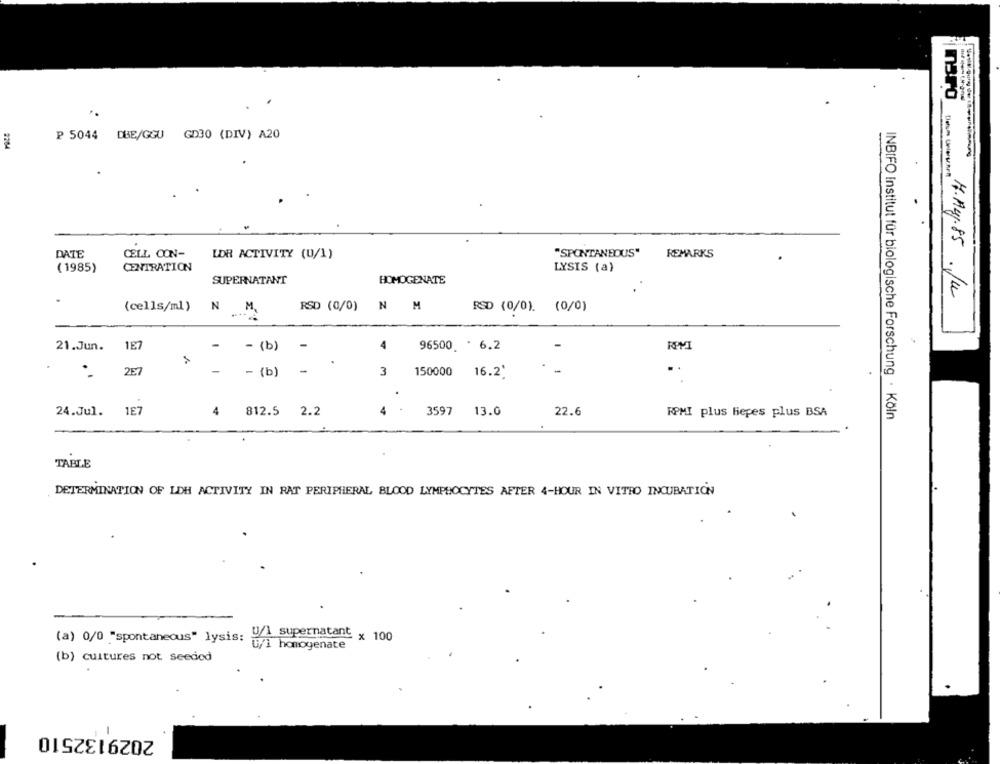
mBro
P 5044 DBE/GGU GD30 (DIV) A20
2204
Datum Uriershent
DATE
"SPONTANEOUS"
CELL CON-
LDR ACTIVITY (U/1)
REMARKS
( 1985)
CENTRATION
LYSIS (a)
SUPERNATANT
HOMOGENATE
H.Aug.85 .Ju
(cells/ml)
N M.
RSD (0/0) N M
RSD (0/0). (0/0)
1E7
21.Jun.
- - (b)
-
4
96500 * 6.2
RIMI
257
- {b)
-
3
150000
16.2'
24.Jul. 1E7
4
812.5 2.2
4
3597
13.0
22.6
RPMI plus hiepes plus BSA
INBIFO institut für biologische Forschung · Köln
TABLE
DETERMINATION OF LDH ACTIVITY IN RAT PERIPHERAL BLOOD LYMPHOCYTES AFTER 4-HOUR IN VITRO INCUBATION
(a) 0/0 "spontaneous" lysis: U/
supernatant x 100
homogenate
(b) cultures not seeded
2029132510